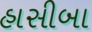
હાસીબા